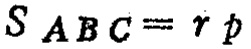
$S_{ABC}=rp$